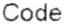
CODE